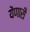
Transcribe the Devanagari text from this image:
येंणारी